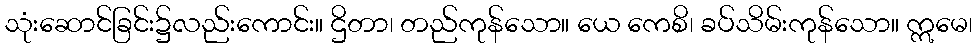
သုံးဆောင်ခြင်း၌လည်းကောင်း။ ဌိတာ၊ တည်ကုန်သော။ ယေ ကေစိ၊ ခပ်သိမ်းကုန်သော။ ဣမေ၊